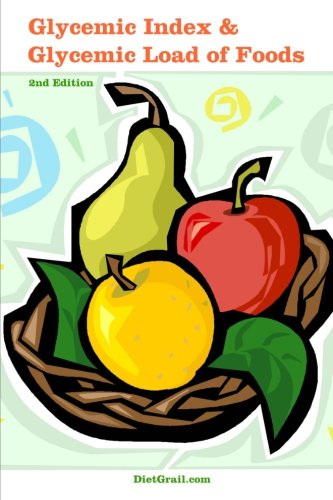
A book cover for Glycemic Index and Glycemic Load of Foods; DietGrail Publisher; Health, Fitness & Dieting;